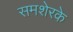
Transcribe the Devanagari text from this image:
समशेरके